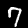
Label: 7